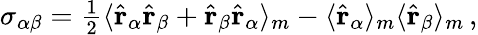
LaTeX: \begin{array}{r}{\sigma_{\alpha\beta}=\frac{1}{2}\langle\hat{\mathbf{r}}_{\alpha}\hat{\mathbf{r}}_{\beta}+\hat{\mathbf{r}}_{\beta}\hat{\mathbf{r}}_{\alpha}\rangle_{m}-\langle\hat{\mathbf{r}}_{\alpha}\rangle_{m}\langle\hat{\mathbf{r}}_{\beta}\rangle_{m}\, ,}\end{array}